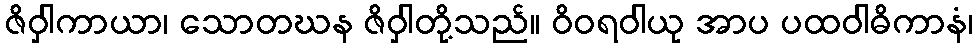
ဇိဝှါကာယာ၊ သောတဃန ဇိဝှါတို့သည်။ ဝိဝရဝါယု အာပ ပထဝါဓိကာနံ၊